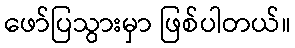
ဖော်ပြသွားမှာ ဖြစ်ပါတယ်။